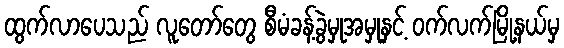
ထွက်လာပေသည် လူတော်တွေ စီမံခန့်ခွဲမှုအမှုနှင့် ဝက်လက်မြို့နယ်မှ